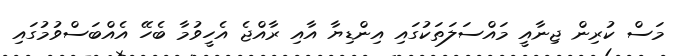
މަސް ކުރިން ޖިނާއީ މައްސަލަތަކުގައި އިންޑިޔާ އާއި ރާއްޖެ އެހީވުމާ ބެހޭ އެއްބަސްވުމުގައި